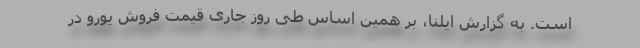
است. به گزارش ایلنا، بر همین‌ اساس طی روز جاری قیمت فروش یورو در